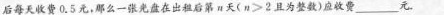
后每天收费0.5元，那么一张光盘在出租后第n天($$n > 2$$且为整数)应收费___元.